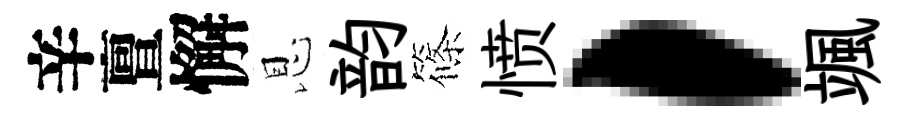
辛亶懈恩韵篠愤，颯